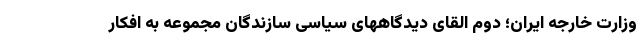
وزارت خارجه ایران؛ دوم القای دیدگاههای سیاسی سازندگان مجموعه به افکار